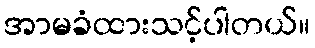
အာမခံထားသင့်ပါတယ်။